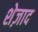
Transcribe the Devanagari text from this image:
शेज़ाद